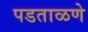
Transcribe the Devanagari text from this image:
पडताळणे